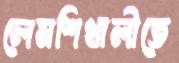
লেমশিখালীতে